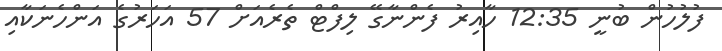
ފުލުހުން ބުނީ 12:35 ހާއިރު ފެންނާގޭ ލިފްޓް ތެރެއަށް 57 އަހަރުގެ އަންހެނަކާއި